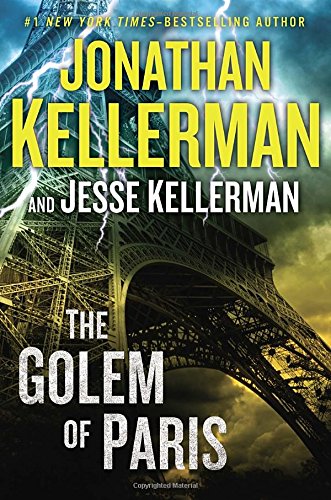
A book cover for The Golem of Paris; Jonathan Kellerman; Mystery, Thriller & Suspense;